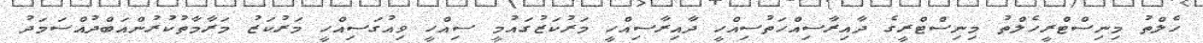
ހެލްތު މިނިސްޓްރީހެލްތު މިނިސްޓްރީގެ ދާއިރާސިއްހަތުސިއްހީ ދާއިރާސިއްހީ މަރުކަޒުގައުމީ ސިއްހީ ވިއުގަސިއްހީ މަރުކަޒު މަރާމާތުކުރުންއަބްދުއްސަމަދު